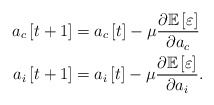
\begin{align*} a_c\left[t+1\right]&=a_c\left[t\right]-\mu\frac{\partial\mathbb{E}\left[\varepsilon\right]}{\partial a_c}\\ a_i\left[t+1\right]&=a_i\left[t\right]-\mu\frac{\partial\mathbb{E}\left[\varepsilon\right]}{\partial a_i}. \end{align*}